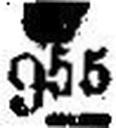
### 955